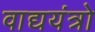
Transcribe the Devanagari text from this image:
वाद्ययंत्रो